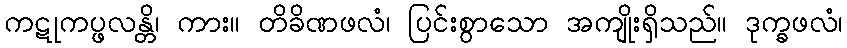
ကဋုကပ္ဖလန္တိ၊ ကား။ တိခိဏဖလံ၊ ပြင်းစွာသော အကျိုးရှိသည်။ ဒုက္ခဖလံ၊